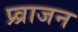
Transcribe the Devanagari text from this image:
प्र्व्राजन